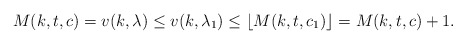
\begin{align*}M(k,t,c)=v(k,\lambda) \leq v(k,\lambda_1)\leq \lfloor M(k,t,c_1) \rfloor = M(k,t,c)+1. \end{align*}